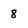
Character: 8